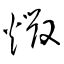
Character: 燬